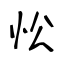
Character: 忪